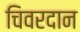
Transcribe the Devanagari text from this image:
चिवरदान